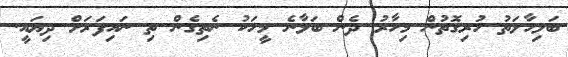
ބަލިހާލަތު ހުރިގޮތުން މިހާރު ދެން ބަލާނެ މީހަކު ނެތިގެން ތި ނައިފަރަށް ދިޔައީ.